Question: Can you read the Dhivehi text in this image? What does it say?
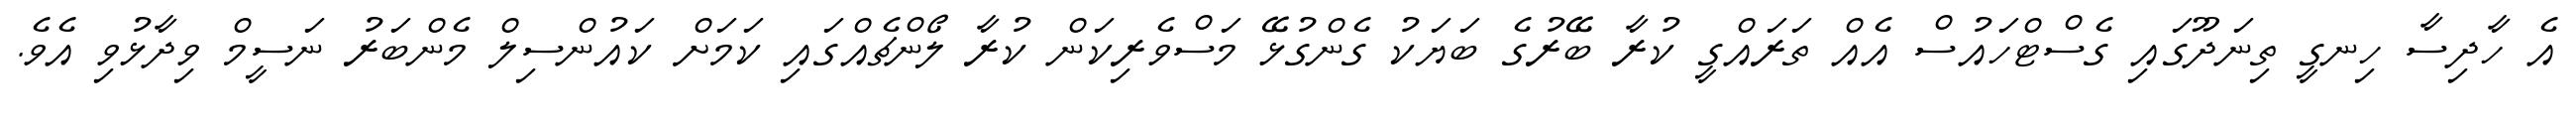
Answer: އެ ހާދިސާ ހިނގީ ތިނަދޫގައި ގެސްޓްހައުސް އެއް ތަރައްގީ ކުރާ ބޭރުގެ ބަޔަކު ގެންގުޅޭ މަސްވެރިކަން ކުރާ ލޯންޗެއްގައި ކަމަށް ކައުންސިލް މެންބަރު ނަސީމް ވިދާޅުވި އެވެ.